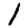
Digit: 1